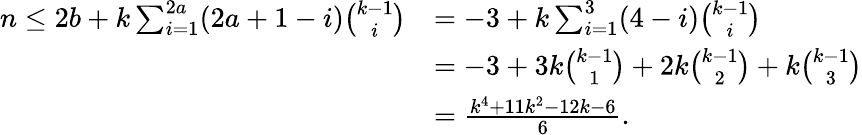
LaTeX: \begin{array}{rl}{n\leq 2b+k\sum_{i=1}^{2a}(2a+1-i){\binom{k-1}{i}}}&{=-3+k\sum_{i=1}^{3}(4-i){\binom{k-1}{i}}}\\ &{=-3+3k{\binom{k-1}{1}}+2k{\binom{k-1}{2}}+k{\binom{k-1}{3}}}\\ &{=\frac{k^{4}+11k^{2}-12k-6}{6}.}\end{array}